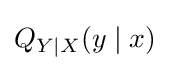
Q_{Y\mid X}(y\mid x)